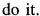
do it.